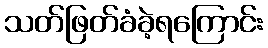
သတ်ဖြတ်ခံခဲ့ရကြောင်း